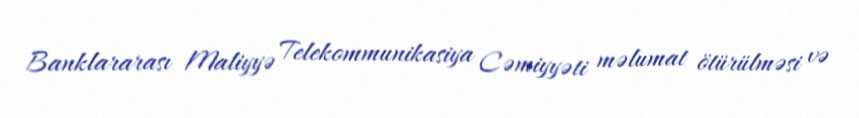
Banklararası Maliyyə Telekommunikasiya Cəmiyyəti məlumat ötürülməsi və